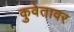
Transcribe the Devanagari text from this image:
कुवेतावर